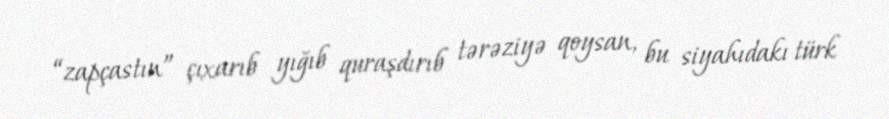
“zapçastın” çıxarıb yığıb quraşdırıb tərəziyə qoysan, bu siyahıdakı türk